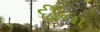
દીના